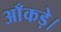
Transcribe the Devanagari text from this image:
आँकड़े।